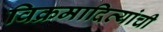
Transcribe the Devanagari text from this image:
विक्रमादित्यांची